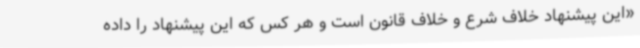
«این پیشنهاد خلاف شرع و خلاف قانون است و هر کس که این پیشنهاد را داده